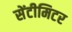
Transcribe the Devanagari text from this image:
सेंटीमिटर